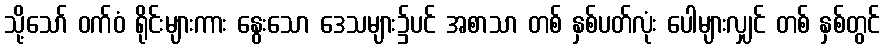
သို့သော် ဝက်ဝံ ရိုင်းများကား နွေးသော ဒေသများ၌ပင် အစာသာ တစ် နှစ်ပတ်လုံး ပေါများလျှင် တစ် နှစ်တွင်